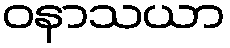
ဝနာသယာ